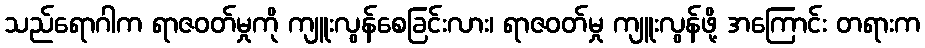
သည်ရောဂါက ရာဇဝတ်မှုကို ကျူးလွန်စေခြင်းလား၊ ရာဇဝတ်မှု ကျူးလွန်ဖို့ အကြောင်း တရားက